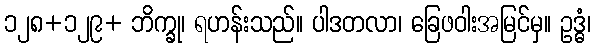
၁၂၈+၁၂၉+ ဘိက္ခု၊ ရဟန်းသည်။ ပါဒတလာ၊ ခြေဖဝါးအမြင်မှ။ ဥဒ္ဓံ၊